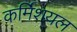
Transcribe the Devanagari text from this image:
कर्मिशयल